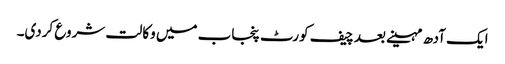
ایک آدھ مہینے بعد چیف کورٹ پنجاب میں وکالت شروع کردی۔